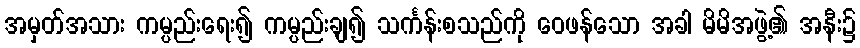
အမှတ်အသား ကမ္ပည်းရေး၍ ကမ္ပည်းချ၍ သင်္ကန်းစသည်ကို ဝေဖန်သော အခါ မိမိအဖွဲ့၏ အနီး၌